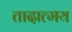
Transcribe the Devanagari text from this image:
तादात्मय